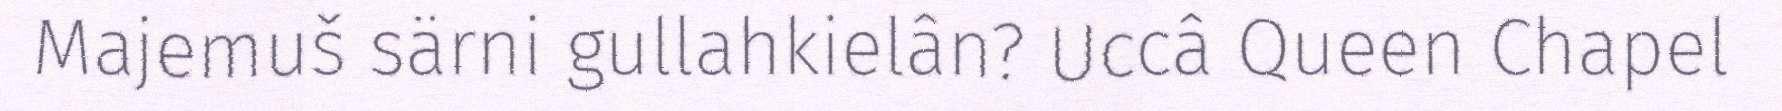
Majemuš särni gullahkielân? Uccâ Queen Chapel